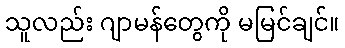
သူလည်း ဂျာမန်တွေကို မမြင်ချင်။